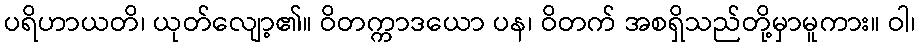
ပရိဟာယတိ၊ ယုတ်လျော့၏။ ဝိတက္ကာဒယော ပန၊ ဝိတက် အစရှိသည်တို့မှာမူကား။ ဝါ၊